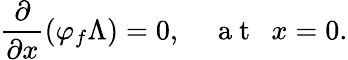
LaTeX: \frac{\partial}{\partial x}\left(\varphi_{f}\Lambda\right)=0,~~~~\mathrm{~a~t~}~~x=0.